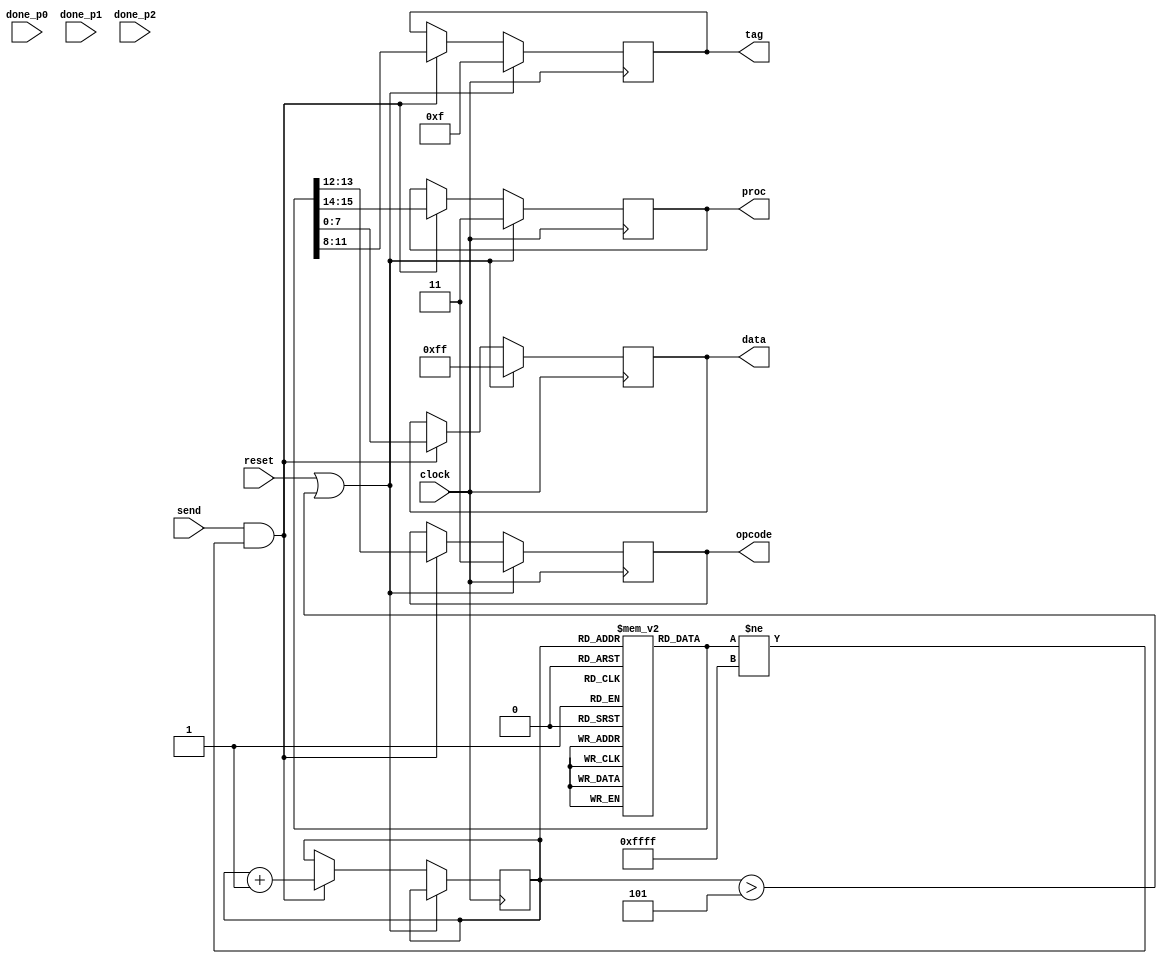
module mem_inst (

	input clock,
	input reset,
	
	// Sinal de entrada que controla quando uma nova instruo poder ser despachada
	input send,
	
	input done_p0, done_p1, done_p2,
	
	output reg[1:0] proc,
	output reg[1:0] opcode,
	output reg[3:0] tag,
	output reg[7:0] data
	
);

// Memria de Instrues - Matriz 5x16
reg[15:0] mem_inst[4:0];

// Contador
reg[2:0] counter;

// Instruo
// [15:14] -> Processador
// [13:12] -> Opcode
// [11:8]  -> Tag
// [7:0]   -> Dado

// Instrues
// Read  -> 00 
// Write -> 01

// Posies de Memria
// 10 -> 1010
// 11 -> 1011
// 12 -> 1100
// 13 -> 1101
// 14 -> 1110

// Processadores
// P0 -> 00
// P1 -> 01
// P2 -> 10

// Inicializao das variveis
initial begin

	// Inicializando o Contador
	counter <= 0;
	
	// Inicializando a Memria de Instrues
	//mem_inst[0] <= 16'b0000101011111111; // P0: read 10
	//mem_inst[0] <= 16'b0101101000000010; // P1: write 10 <- 00 02
	mem_inst[0] <= 16'b0000101111111111; // P0: read 11
	mem_inst[0] <= 16'b0100110011111111; // P1: read 12
	mem_inst[1] <= 16'b0100101011111111; // P1: read 10
	mem_inst[2] <= 16'b0101101000000010; // P1: write 10 <- 00 02
	mem_inst[3] <= 16'b0001101000000111; // P0: write 10 <- 00 07
	mem_inst[4] <= 16'b1000110011111111; // P2: read 12
	
end


always @(posedge clock) begin
	
	if (reset == 1'b1 || counter > 3'b101) begin
		
		// Resetando as variveis
		proc <= 2'b11;
		opcode <= 2'b11;
		tag <= 4'b1111;
		data <= 8'b11111111;
		
	end
	
	else if ((send == 1'b1) && (mem_inst[counter] != 16'b1111111111111111)) begin
		
		proc   <= mem_inst[counter][15:14];
		opcode <= mem_inst[counter][13:12];
		tag    <= mem_inst[counter][11:8];
		data   <= mem_inst[counter][7:0];
		
		// Incrementa o Contador
		counter <= counter + 1'b1;
		
	end
	
end



endmodule